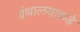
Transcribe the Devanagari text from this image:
ग्रंथालयाकडे